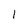
Character: l